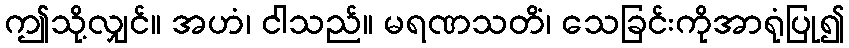
ဤသို့လျှင်။ အဟံ၊ ငါသည်။ မရဏသတိံ၊ သေခြင်းကိုအာရုံပြု၍